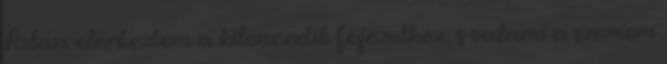
Aztán elérkeztem a kilencedik fejezethez, s valami a szemem